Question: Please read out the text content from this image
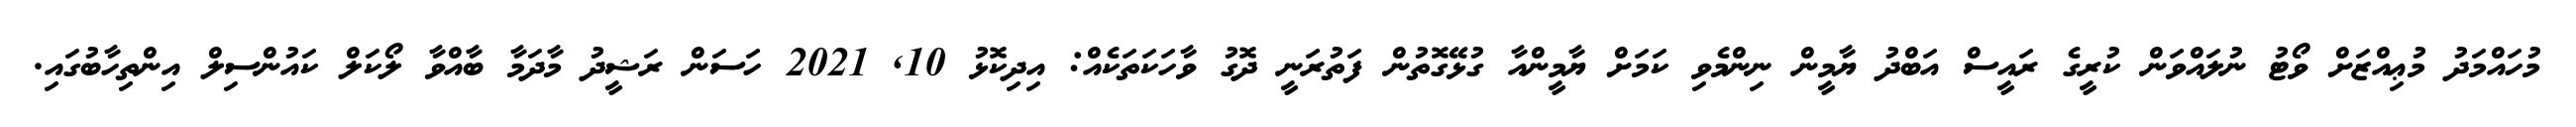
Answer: މުހައްމަދު މުޢިއްޒަށް ވޯޓު ނުލައްވަން ކުރީގެ ރައީސް އަބްދު ޔާމީން ނިންމެވި ކަމަށް ޔާމީންއާ ގުޅޭގޮތުން ފަތުރަނީ ދޮގު ވާހަކަތަކެއް: އިދިކޮޅު 10, 2021 ހަސަން ރަޝީދު މާދަމާ ބާއްވާ ލޯކަލް ކައުންސިލް އިންތިހާބުގައި.